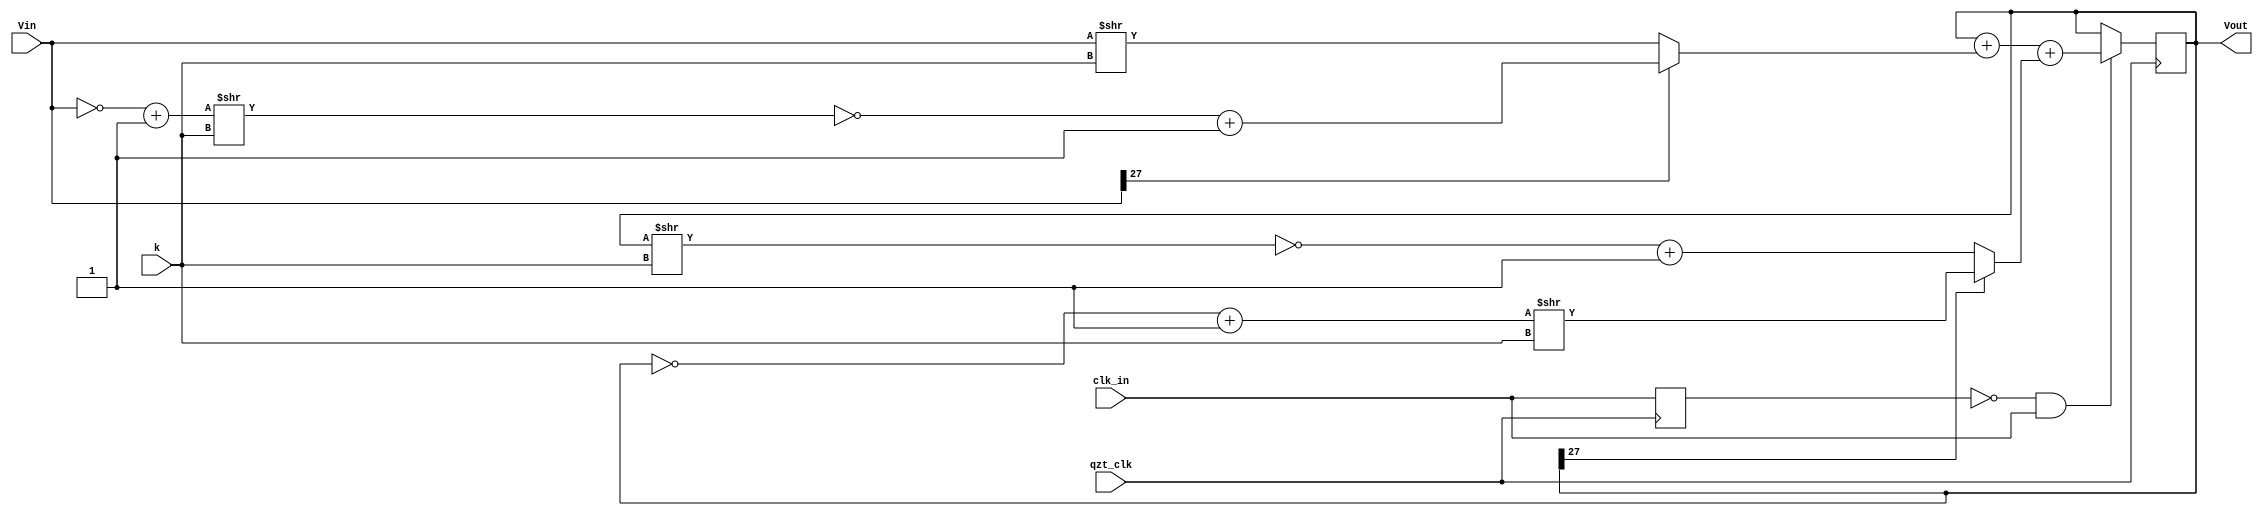
module Module_LowPassFilter	(	qzt_clk,
					clk_in,
					k,
					Vin,

					Vout);

input		qzt_clk;
input		clk_in;
input	[3:0]	k;
input	[27:0]	Vin;

output	[27:0]	Vout;

reg	[27:0]	Vout;
reg		clk_in_old;

// Frequency Response
// If k = 0:		G = 1
// If k > 0:		G = 1/(1 - i f/f_3dB)
//		where	f_3dB = 1/[(2^k - 1) * 2 pi T]

always @(posedge qzt_clk) begin
	if (!clk_in_old & clk_in) begin
		Vout =	Vout +
			((Vin[27])? ~((~Vin + 28'b0000000000000000000000000001) >> k) + 28'b0000000000000000000000000001 : Vin >> k) +
			((Vout[27])? (~Vout + 28'b0000000000000000000000000001) >> k : ~(Vout >> k) +28'b0000000000000000000000000001);

	end

	clk_in_old = clk_in;
end

endmodule